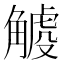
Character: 𧤧